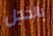
بالخجل